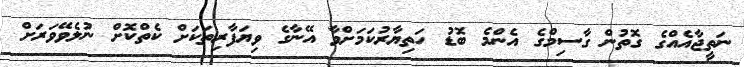
ނަތީޖާއެއްގެ ގޮތުން ގާސިމްގެ އެންމެ ބޮޑު ހަތިޔާރުކަމަށްވާ އޭނާގެ ވިޔަފާރިތަކަށް ކެތްކޮށް ނުލެވޭވަރަށް